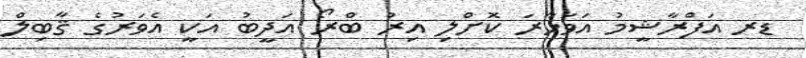
ޑރ އަފްރާޝީމު އަވަހާރަ ކޮށްލި އިރު ބްރޯ އަދީބު އަކީ އެވަރުގެ ޤާބިލް